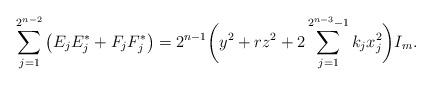
LaTeX: \begin{align*}\sum_{j=1}^{2^{n-2}}\big(E_jE_j^*+F_jF_j^*\big)=2^{n-1}\bigg(y^2+rz^2+2\sum_{j=1}^{2^{n-3}-1}k_jx_j^2\bigg)I_m.\end{align*}